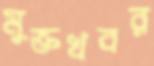
মুক্তখবর